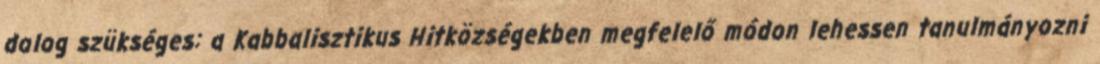
dolog szükséges: a Kabbalisztikus Hitközségekben megfelelő módon lehessen tanulmányozni